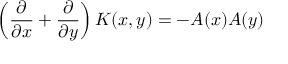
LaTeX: \left( { \frac { \partial } { \partial x } } + { \frac { \partial } { \partial y } } \right) K ( x , y ) = - A ( x ) A ( y )